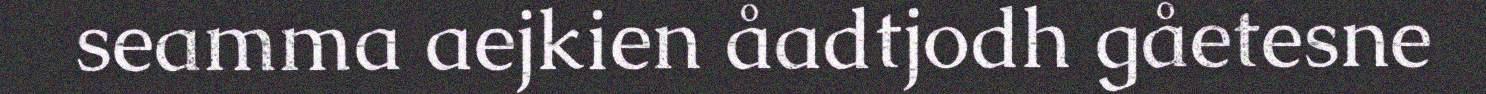
seamma aejkien åadtjodh gåetesne